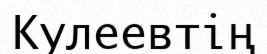
Кулеевтің